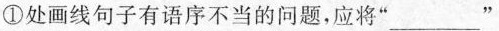
①处画线句子有语序不当的问题，应将”___”